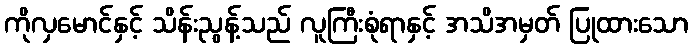
ကိုလှမောင်နှင့် သိန်းညွန့်သည် လူကြီးစုံရာနှင့် အသိအမှတ် ပြုထားသော